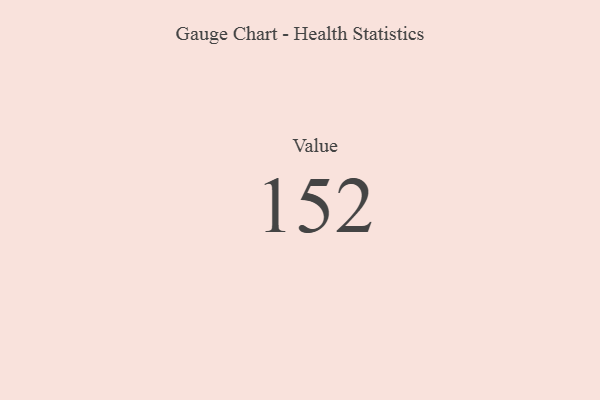
{"axis": {"x": "Metric", "y": "Value"}, "legend": [""], "data": [{"x": "Value", "y": 152, "type": ""}]}